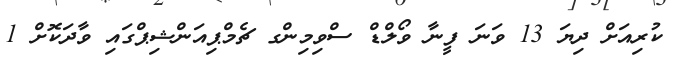
ކުރިއަށް ދިޔަ 13 ވަނަ ފީނާ ވޯލްޑް ސްވިމިންގ ޗެމްޕިއަންޝިޕްގައި ވާދަކޮށް 1